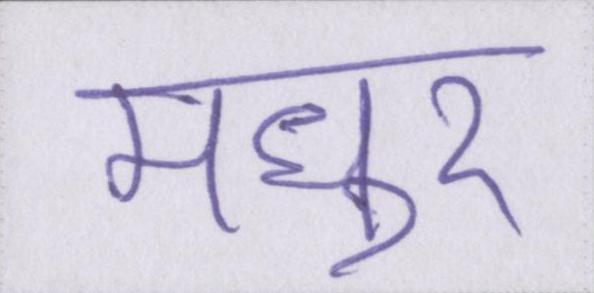
मधुर